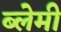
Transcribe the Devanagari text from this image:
ब्लेमी